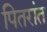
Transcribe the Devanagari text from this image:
पितरांत